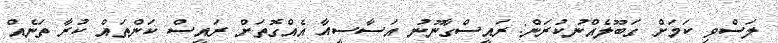
ލަސްވި ކަމަށް ގަބޫލެއްނުކުރަން: ރައީސްގާނޫނު އަސާސީއާ އެއްގޮތަށް ރައީސް ކަންތައް ކުރާ ތަނެއް